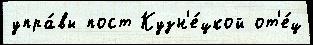
упра́вы пост Кузн'е́цкой от'е́ц